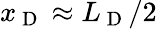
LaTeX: x_{\mathrm{~D~}}\approx L_{\mathrm{~D~}}/2